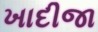
ખાદીજા